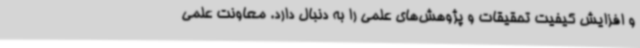
و افزایش کیفیت تحقیقات و پژوهش‌های علمی را به دنبال دارد. معاونت علمی